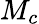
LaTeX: M_{c}